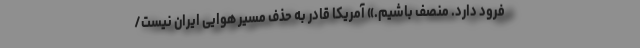
فرود دارد. منصف باشیم.» آمریکا قادر به حذف مسیر هوایی ایران نیست/